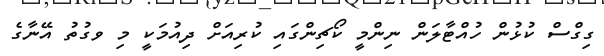
ގިގްސް ކުޅުން ހުއްޓާލަން ނިންމީ ކޯޗިންގައި ކުރިއަށް ދިއުމަކީ މި ވގުތު އޭނާގެ